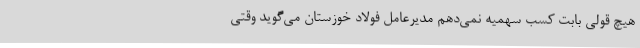
هیچ قولی بابت کسب سهمیه نمی‌دهم مدیرعامل فولاد خوزستان می‌گوید وقتی